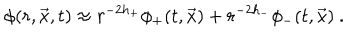
\phi ( r , \vec { x } , t ) \approx r ^ { - 2 h _ { + } } \phi _ { + } ( t , \vec { x } ) + r ^ { - 2 h _ { - } } \phi _ { - } ( t , \vec { x } ) \ .